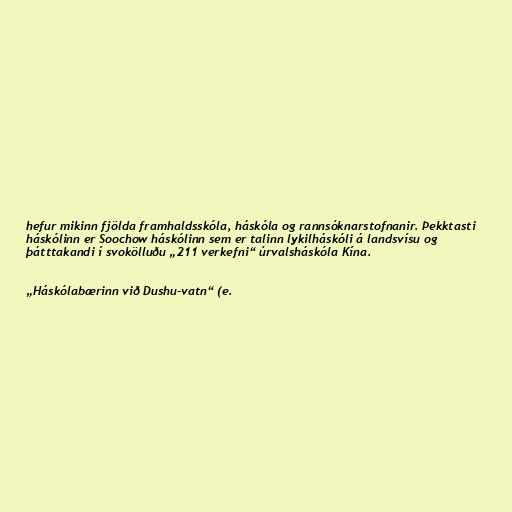
hefur mikinn fjölda framhaldsskóla, háskóla og rannsóknarstofnanir. Þekktasti
háskólinn er Soochow háskólinn sem er talinn lykilháskóli á landsvísu og
þátttakandi í svokölluðu „211 verkefni“ úrvalsháskóla Kína.

„Háskólabærinn við Dushu-vatn“ (e.